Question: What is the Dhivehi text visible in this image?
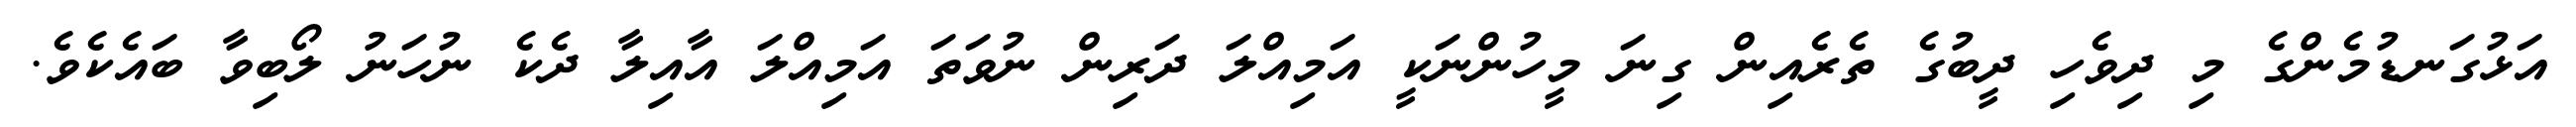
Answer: އަޅުގަނޑުމެންގެ މި ދިވެހި ދީބުގެ ތެރެއިން ގިނަ މީހުންނަކީ އަމިއްލަ ދަރިން ނުވަތަ އަމިއްލަ އާއިލާ ދެކެ ނުހަނު ލޯބިވާ ބައެކެވެ.